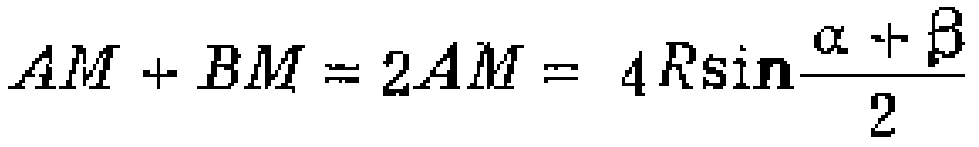
\(AM + BM = 2AM = 4R\sin\frac{\alpha + \beta}{2}\)